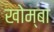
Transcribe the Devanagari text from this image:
खोम्बा